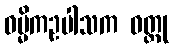
ဓမ္မိကဥပါသက ဝတ္ထု